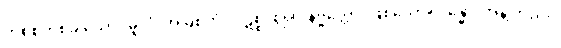
တစ်စုံတစ်ခု သော။ မူလံ၊ အမြစ်ကို။ ပဋိစ္စ၊ စွဲ၍။ နိဗ္ဗတ္တော၊ ဖြစ်သော။ ဂန္ဓော၊ အနံ့ တည်း။